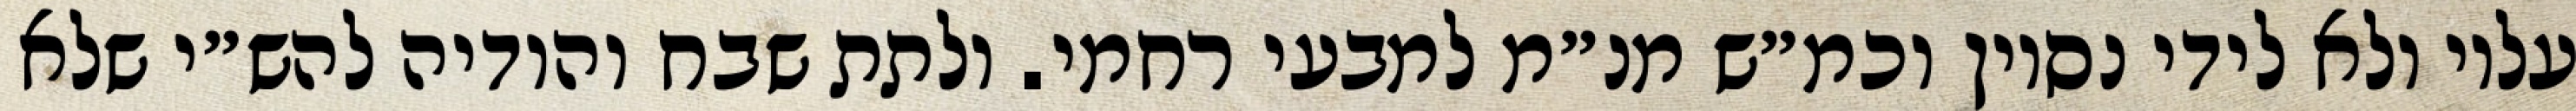
עליו ולא לידי נסיון וכמ״ש מנ״מ למבעי רחמי. ולתת שבח והודיה להש״י שלא